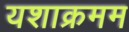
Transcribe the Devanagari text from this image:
यशाक्रमम